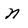
Character: n